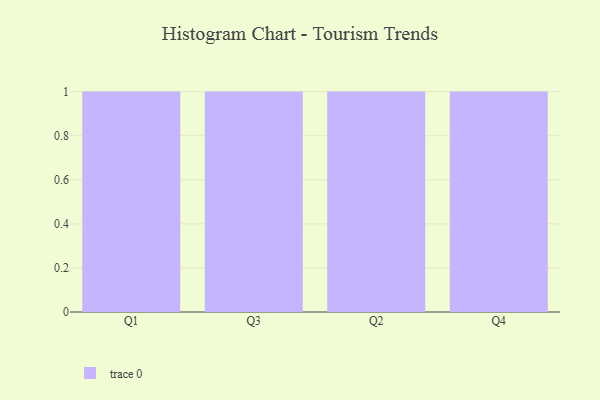
{"axis": {"x": "Quarter", "y": "Population (Million)"}, "legend": [""], "data": [{"x": "Q1", "y": 78, "type": ""}, {"x": "Q3", "y": 17, "type": ""}, {"x": "Q2", "y": 24, "type": ""}, {"x": "Q4", "y": 31, "type": ""}]}